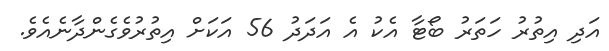
އަދި އިތުރު ހަތަރު ބޯޓާ އެކު އެ އަދަދު 56 އަކަށް އިތުރުވެގެންދާނެއެވެ.